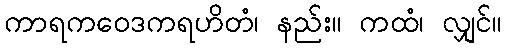
ကာရကဝေဒကရဟိတံ၊ နည်း။ ကထံ၊ လျှင်။